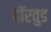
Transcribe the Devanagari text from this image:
हॉरवुड